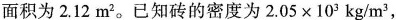
图8-1-6面积为2.12m^{2}。已知砖的密度为$$2.05\times10^{3}kg/m^{3}$$，